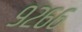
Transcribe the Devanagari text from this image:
९२६६